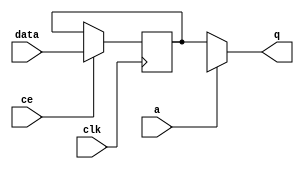
// ==============================================================
// File generated by Vivado(TM) HLS - High-Level Synthesis from C, C++ and SystemC
// Version: 2018.2
// Copyright (C) 1986-2018 Xilinx, Inc. All Rights Reserved.
// 
// ==============================================================


`timescale 1 ns / 1 ps

module fifo_w8_d1_A_shiftReg (
    clk,
    data,
    ce,
    a,
    q);

parameter DATA_WIDTH = 32'd8;
parameter ADDR_WIDTH = 32'd1;
parameter DEPTH = 2'd1;

input clk;
input [DATA_WIDTH-1:0] data;
input ce;
input [ADDR_WIDTH-1:0] a;
output [DATA_WIDTH-1:0] q;

reg[DATA_WIDTH-1:0] SRL_SIG [0:DEPTH-1];
integer i;

always @ (posedge clk)
    begin
        if (ce)
        begin
            for (i=0;i<DEPTH-1;i=i+1)
                SRL_SIG[i+1] <= SRL_SIG[i];
            SRL_SIG[0] <= data;
        end
    end

assign q = SRL_SIG[a];

endmodule

module fifo_w8_d1_A (
    clk,
    reset,
    if_empty_n,
    if_read_ce,
    if_read,
    if_dout,
    if_full_n,
    if_write_ce,
    if_write,
    if_din);

parameter MEM_STYLE   = "auto";
parameter DATA_WIDTH  = 32'd8;
parameter ADDR_WIDTH  = 32'd1;
parameter DEPTH       = 2'd1;

input clk;
input reset;
output if_empty_n;
input if_read_ce;
input if_read;
output[DATA_WIDTH - 1:0] if_dout;
output if_full_n;
input if_write_ce;
input if_write;
input[DATA_WIDTH - 1:0] if_din;

wire[ADDR_WIDTH - 1:0] shiftReg_addr ;
wire[DATA_WIDTH - 1:0] shiftReg_data, shiftReg_q;
wire                     shiftReg_ce;
reg[ADDR_WIDTH:0] mOutPtr = ~{(ADDR_WIDTH+1){1'b0}};
reg internal_empty_n = 0, internal_full_n = 1;

assign if_empty_n = internal_empty_n;
assign if_full_n = internal_full_n;
assign shiftReg_data = if_din;
assign if_dout = shiftReg_q;

always @ (posedge clk) begin
    if (reset == 1'b1)
    begin
        mOutPtr <= ~{ADDR_WIDTH+1{1'b0}};
        internal_empty_n <= 1'b0;
        internal_full_n <= 1'b1;
    end
    else begin
        if (((if_read & if_read_ce) == 1 & internal_empty_n == 1) && 
            ((if_write & if_write_ce) == 0 | internal_full_n == 0))
        begin
            mOutPtr <= mOutPtr - 2'd1;
            if (mOutPtr == 2'd0)
                internal_empty_n <= 1'b0;
            internal_full_n <= 1'b1;
        end 
        else if (((if_read & if_read_ce) == 0 | internal_empty_n == 0) && 
            ((if_write & if_write_ce) == 1 & internal_full_n == 1))
        begin
            mOutPtr <= mOutPtr + 2'd1;
            internal_empty_n <= 1'b1;
            if (mOutPtr == DEPTH - 2'd2)
                internal_full_n <= 1'b0;
        end 
    end
end

assign shiftReg_addr = mOutPtr[ADDR_WIDTH] == 1'b0 ? mOutPtr[ADDR_WIDTH-1:0]:{ADDR_WIDTH{1'b0}};
assign shiftReg_ce = (if_write & if_write_ce) & internal_full_n;

fifo_w8_d1_A_shiftReg 
#(
    .DATA_WIDTH(DATA_WIDTH),
    .ADDR_WIDTH(ADDR_WIDTH),
    .DEPTH(DEPTH))
U_fifo_w8_d1_A_ram (
    .clk(clk),
    .data(shiftReg_data),
    .ce(shiftReg_ce),
    .a(shiftReg_addr),
    .q(shiftReg_q));

endmodule